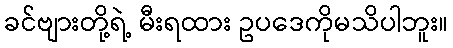
ခင်ဗျားတို့ရဲ့ မီးရထား ဥပဒေကိုမသိပါဘူး။